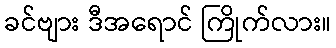
ခင်ဗျား ဒီအရောင် ကြိုက်လား။